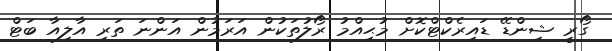
ގޯރީ ޝިންޑޭ ޑައިރެކްޓްކޮށް މުޙިއްމު ރޯލުތަކުން އަރަމުން އަންނަ ތަރި އާލިއާ ބަޓް